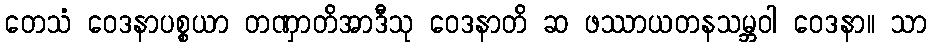
တေသံ ဝေဒနာပစ္စယာ တဏှာတိအာဒီသု ဝေဒနာတိ ဆ ဖဿာယတနသမ္ဘဝါ ဝေဒနာ။ သာ